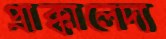
প্রাক্কালেদ্য